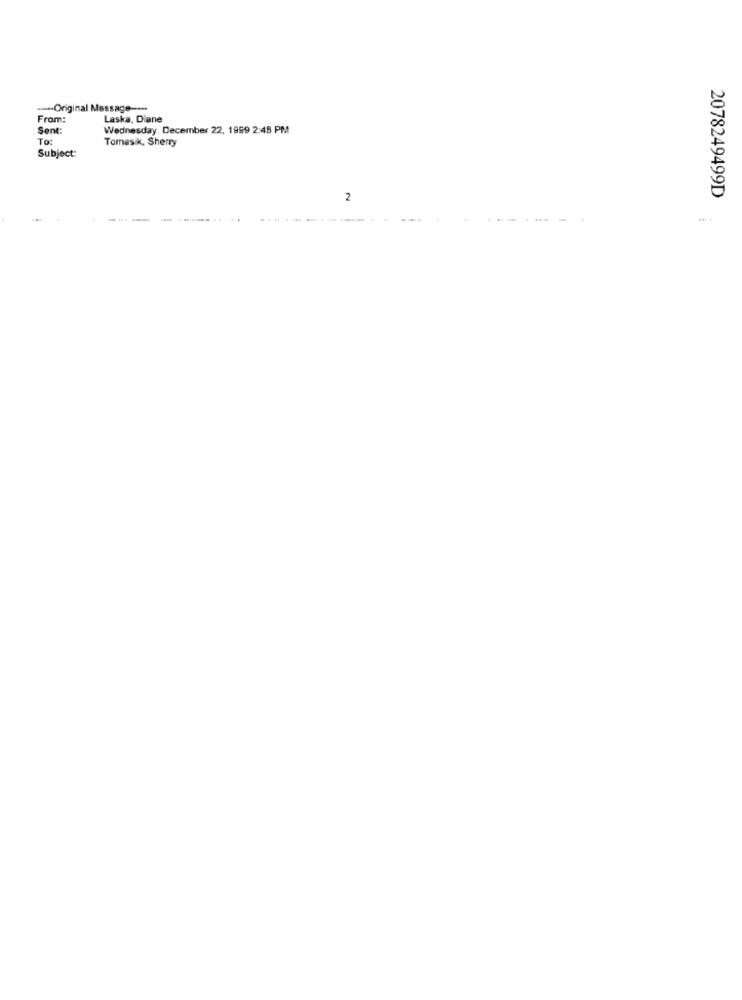
-- Original Message --**
From:
Laska, Diane
Sen
Wednesday, December 22, 1999 2:48 PM
To
Tomasik, Sherry
Subject:
2
2078249499D